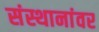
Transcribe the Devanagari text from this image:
संस्थानांवर